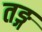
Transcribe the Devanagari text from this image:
तङ्ग